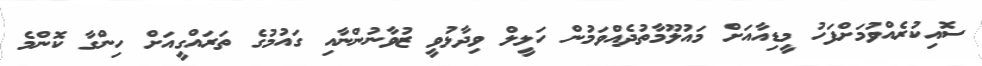
ސޮއިކުރެއްވުމަށްފަހު މީޑިއާއަށް މައުލޫމާތުދެއްވަމުން ހަލީލް ވިދާޅުވީ ޒުވާނުންނާއި ގައުމުގެ ތަރައްގީއަށް ހިންގާ ކޮންމެ